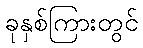
ခုနှစ်ကြားတွင်